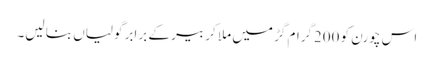
اس چورن کو 200گرام گڑ میں ملا کر بیر کے برابر گولیاں بنا لیں۔